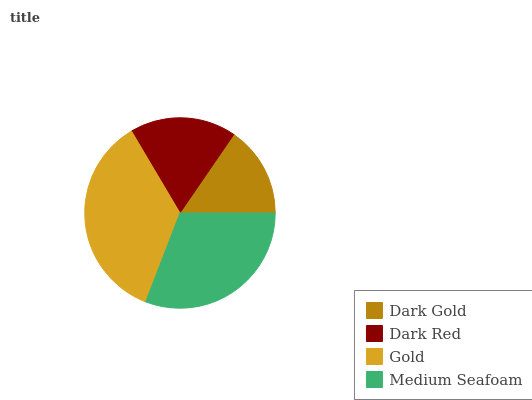
| Dark Gold | Dark Red | Gold | Medium Seafoam |
 | --- | --- | --- | --- |
 | 15.4% | 18.1% | 35.6% | 30.8% |